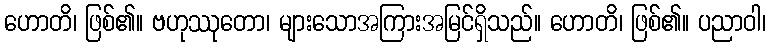
ဟောတိ၊ ဖြစ်၏။ ဗဟုဿုတော၊ များသောအကြားအမြင်ရှိသည်။ ဟောတိ၊ ဖြစ်၏။ ပညာဝါ၊